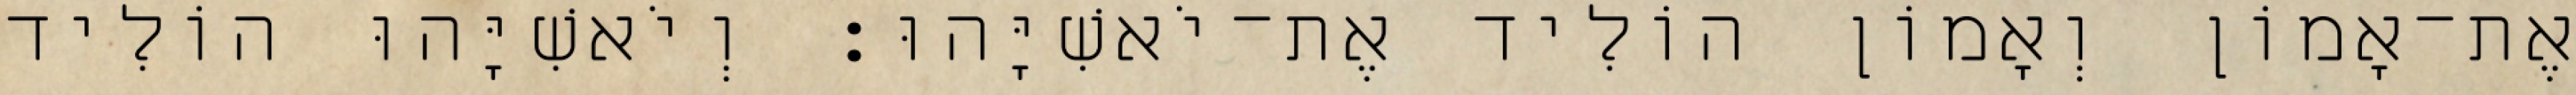
אֶת־אָמוֹן וְאָמוֹן הוֹלִיד אֶת־יֹאשִׁיָּהוּ׃ וְיֹאשִׁיָּהוּ הוֹלִיד